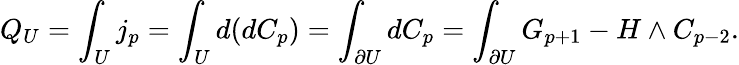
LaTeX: Q_{U}=\int_{U}j_{p}=\int_{U}d(dC_{p})=\int_{\partial U}dC_{p}=\int_{\partial U}G_{p+1}-H\wedge C_{p-2}.